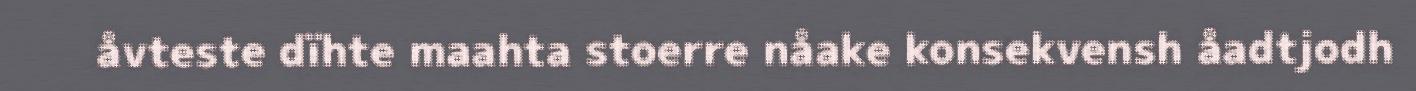
åvteste dïhte maahta stoerre nåake konsekvensh åadtjodh